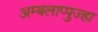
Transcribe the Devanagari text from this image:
अम्बलाप्पुज्हा